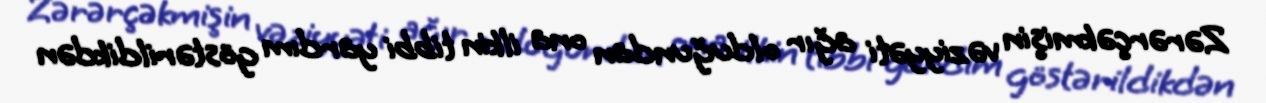
Zərərçəkmişin vəziyyəti ağır olduğundan ona ilkin tibbi yardım göstərildikdən